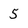
Character: 5